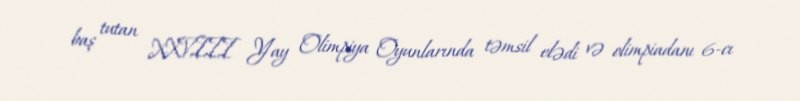
baş tutan XXVIII Yay Olimpiya Oyunlarında təmsil elədi və olimpiadanı 6-cı